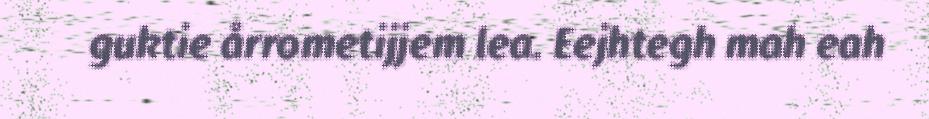
guktie årrometijjem lea. Eejhtegh mah eah